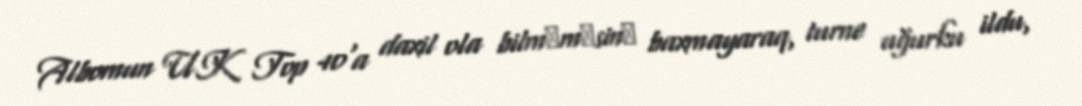
Albomun UK Top 40'a daxil ola bilmәmәsinә baxmayaraq, turne uğurku ildu,